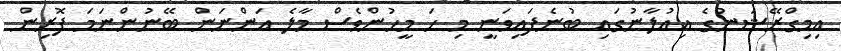
އިމިގްރޭޝަނުގެ އިއުލާނުގައި ބުނެފައިވަނީ މި ހަ މީހުންވެސް މާލެ އަންނަން ބޭނުންނަަމަ ފޮރިން